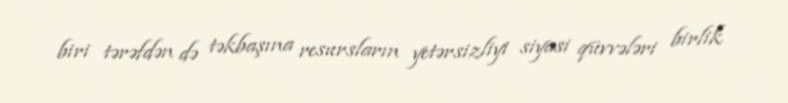
biri tərəfdən də təkbaşına resursların yetərsizliyi siyasi qüvvələri birlik